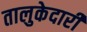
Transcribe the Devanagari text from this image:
तालुकेदारी